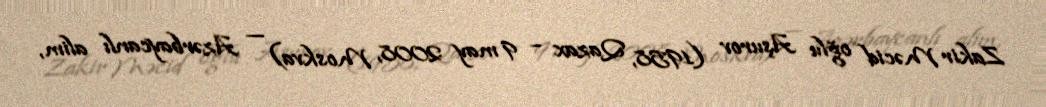
Zakir Məcid oğlu Aşurov (1958, Qazax – 9 may 2008, Moskva) — Azərbaycanlı alim,